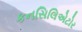
કનસિલિએટોર